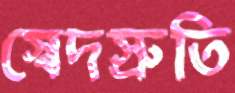
স্বেদস্রুতি